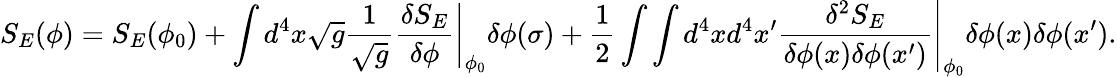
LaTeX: S_{E}(\phi)=S_{E}(\phi_{0})+\int d^{4}x\sqrt{g}\frac{1}{\sqrt{g}}\left.\frac{\delta S_{E}}{\delta\phi}\right\vert_{\phi_{0}}\delta\phi(\sigma)+\frac{1}{2}\int\int d^{4}xd^{4}x^{\prime}\left.\frac{\delta^{2}S_{E}}{\delta\phi(x)\delta\phi(x^{\prime})}\right\vert_{\phi_{0}}\delta\phi(x)\delta\phi(x^{\prime}).